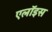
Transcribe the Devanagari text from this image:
एलॉइस